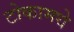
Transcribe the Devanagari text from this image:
टोकामधे